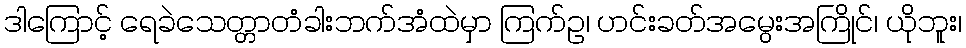
ဒါကြောင့် ရေခဲသေတ္တာတံခါးဘက်အံထဲမှာ ကြက်ဥ၊ ဟင်းခတ်အမွေးအကြိုင်၊ ယိုဘူး၊